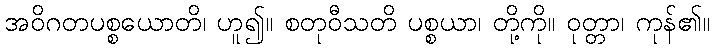
အဝိဂတပစ္စယောတိ၊ ဟူ၍။ စတုဝီသတိ ပစ္စယာ၊ တို့ကို။ ဝုတ္တာ၊ ကုန်၏။